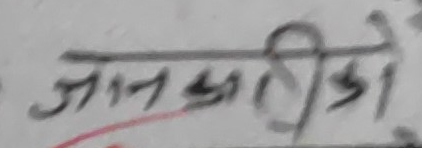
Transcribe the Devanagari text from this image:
जानकारीको